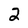
Character: 2